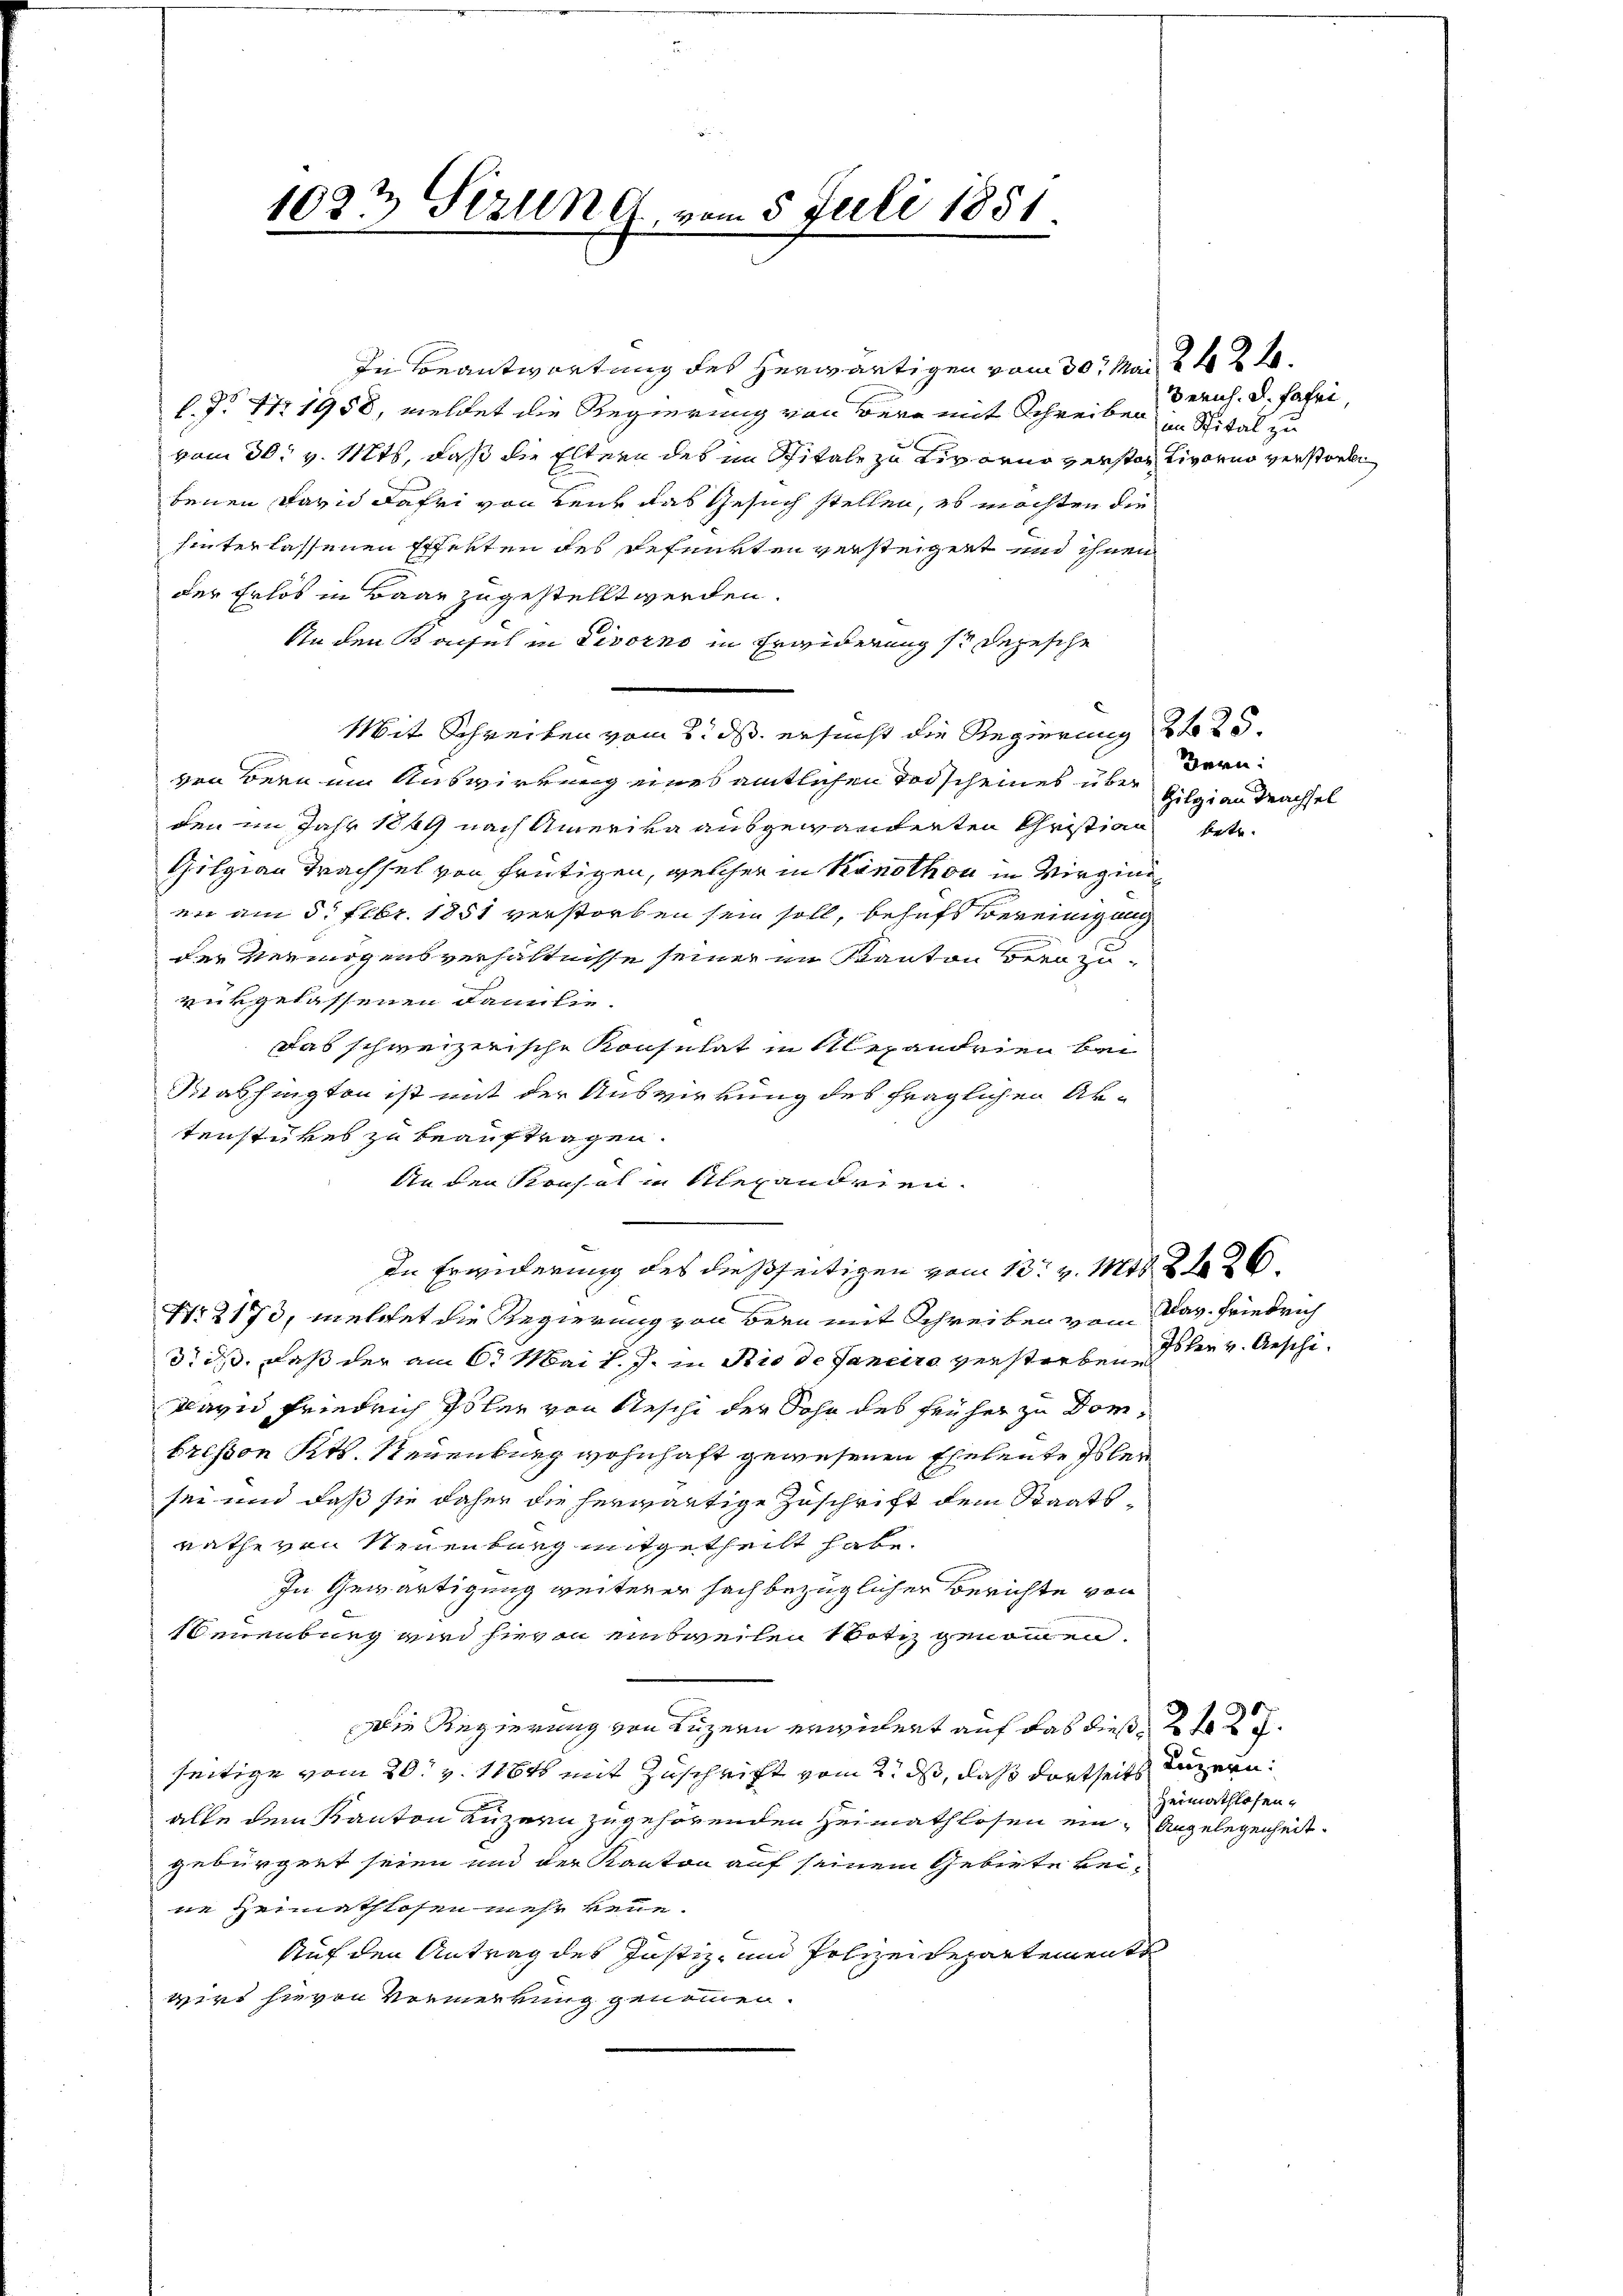
1033 Strund vom 5. Juli 1851

In Beantwortung des herwärtigen vom 30. Mai 2 t 2 l.
l. P. 171958, meldet die Regierung von Bern mit Schreiben in Spital zu
vom 30. v. Mts, daß die Eltern des im Spitale zu Livorno verster, Livorno verstorbe
benen David Fahri von Lenk das Gesuch stellen, es möchten die
hinterlassenen Effekten des Refenkten versteigert und ihnen
der Erlös in Baar zugestellt werden.
Anden Konsul in Livorno in Erwiderung so depesche
Mit Schreiben vom 2. ds. ersucht die Regierung 2 f 25
ven Bern ein Auswirkung eines amtlichen Todscheines über
den im Jahr 1849 nach Amerika ausgewanderten Christian
Gilzian Trachsel von frütigen, welcher in Kanothon in Virginien am 5. Febr. 1851 verstorben sein soll, behufs bereinigen
der Vermögensverhältnisse seiner im Kanton Beratu-
rükgelassenen Familie.
das schweizerische Konsulat in Alexandrien bei
Washington ist mit der Auswirkung des fraglichen Ak-
tenstückes zu beauftragen.
Anden Konsul in Alexandrien.
.
In Erwiderung des dießseitigen vom 13. v. Mts. 226.
No 2173, welchet die Regierung von Bern mit Schreiben von Dav. Friedrich
3t d. daß der am 6. Mai l. J. in Rio de Janeiro verstorben, es den v. Aeschi¬
David Friedrich Isler von Neschi der Sohn des früher zu Domfressen Kts. Neuenburg wohnhaft gewesenen Eheleute es ler
sei und daß sie daher die herwärtige Zuschrift dem Staatsrathe von Neuenburg mitgetheilt habe.
In Gewärtigung weiterer Fach bezüglicher Berichte von
Neuenburg wird hierin einsweilen Notiz genommen,
Die Regierung von Luzern erwidert auf das dies 2te 2 J.
seitige vom 20. v. 118t mit Zuschrift vom 2. ds, daß dortseits Luzern
alle dem Kanton Luzern zugehörenden Heimathlosen ein Angelegenheitgebürgent seien und der Kanton auf seinem Gebiete keine Heimathlosen mehr reue.
Auf den Antrag des Justiz- und Polizeidepartemente
wird hievon Vormerkung genommen.

Zürich. d. Fahri,

Bern:
Gilgi an Trachsel

betr.

Heimathlosen.